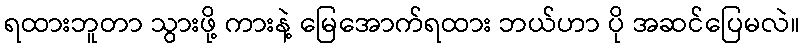
ရထားဘူတာ သွားဖို့ ကားနဲ့ မြေအောက်ရထား ဘယ်ဟာ ပို အဆင်ပြေမလဲ။